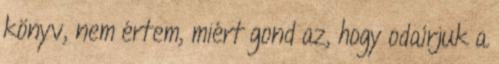
könyv, nem értem, miért gond az, hogy odaírjuk a